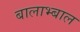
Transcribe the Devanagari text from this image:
बालाभ्बाल